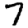
Digit: 7